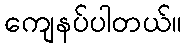
ကျေနပ်ပါတယ်။